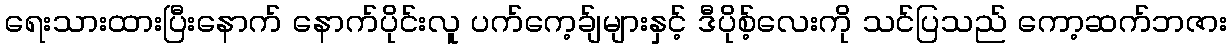
ရေးသားထားပြီးနောက် နောက်ပိုင်းလူ ပက်ကေ့ခ်ျများနှင့် ဒီပိုစ့်လေးကို သင်ပြသည် ကော့ဆက်ဘဇား